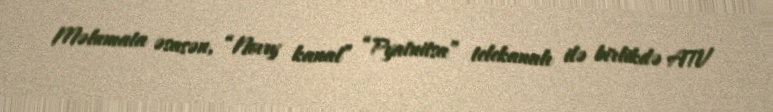
Məlumata əsasən, “Novıy kanal” “Pyatnitsa” telekanalı ilə birlikdə ATV